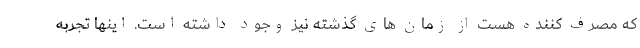
که مصرف کننده هست از زمان های گذشته نیز وجود داشته است. اینها تجربه